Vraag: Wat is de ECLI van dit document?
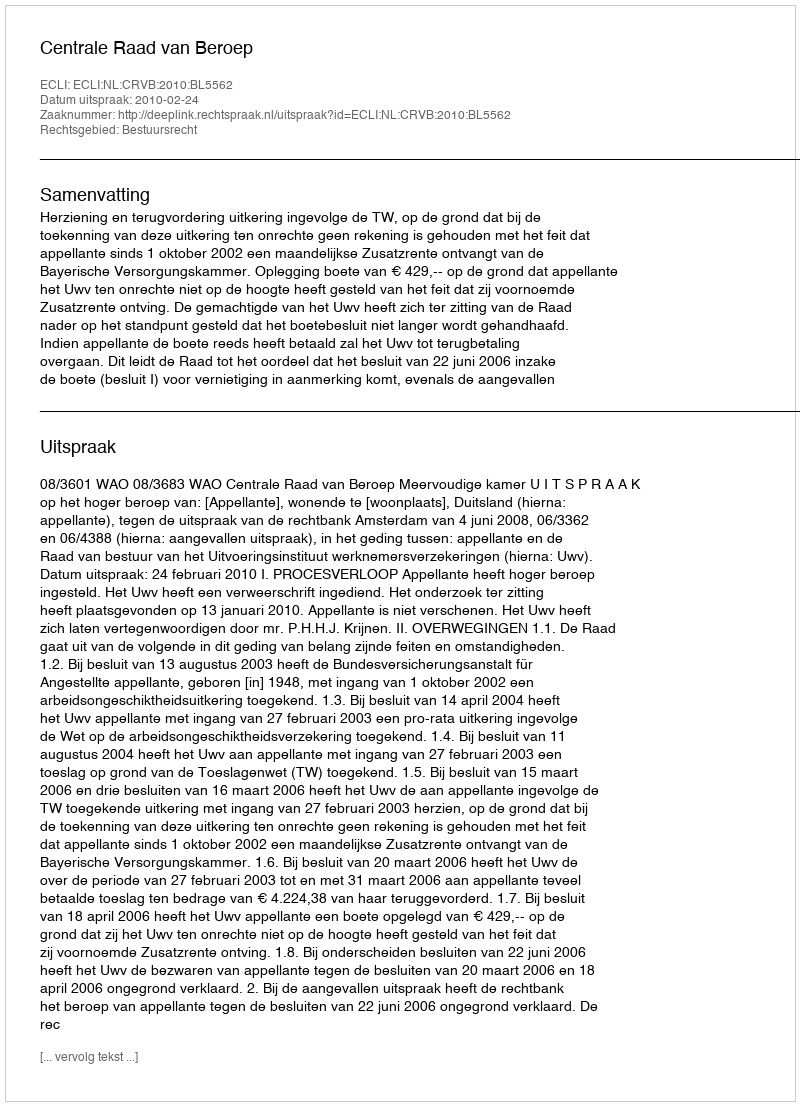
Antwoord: ECLI:NL:CRVB:2010:BL5562